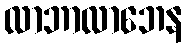
လာဘာလာဘေန